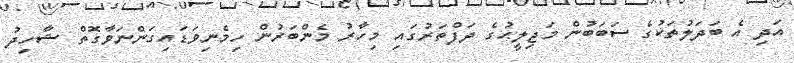
އަދި އެ ބަދަލުތަކުގެ ސަބަބުން މަޖިލީޙުގެ ދަފްތަރުގައި މިހާރު މެންބަރުން ހިމެނިވަޑައިގަންނަވާގޮތް ޝާހިދު